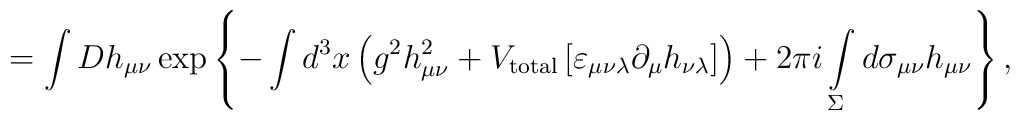
=\int Dh_{\mu\nu}\exp\left\{-\int d^3x\left(g^2h_{\mu\nu}^2+V_{\rm total}\left[\varepsilon_{\mu\nu\lambda}\partial_\mu h_{\nu\lambda}\right]\right)+2\pi i\int\limits_{\Sigma}^{}d\sigma_{\mu\nu}h_{\mu\nu}\right\},